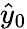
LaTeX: \hat{y}_{0}